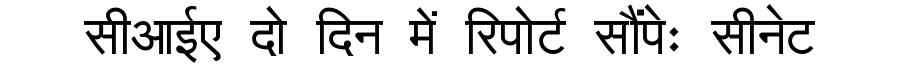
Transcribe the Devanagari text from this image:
सीआईए दो दिन में रिपोर्ट सौंपेः सीनेट